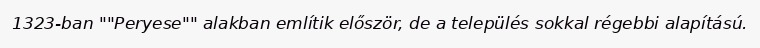
1323-ban ""Peryese"" alakban említik először, de a település sokkal régebbi alapítású.